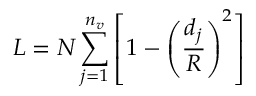
{ \cal L } = { \cal N } \sum _ { j = 1 } ^ { n _ { v } } \left[ 1 - \left( \frac { d _ { j } } { R } \right) ^ { 2 } \right]